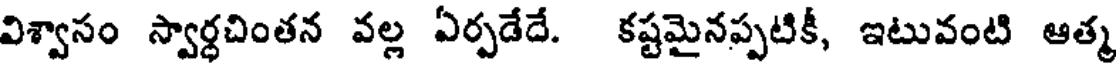
విశ్వాసం స్వార్ధచింతన వల్ల ఏర్పడేదే. కష్టమైనప్పటికీ, ఇటువంటి ఆత్మ